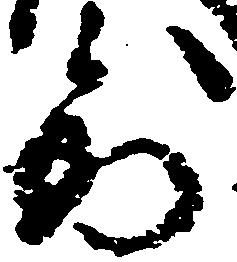
到